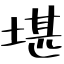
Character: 堪